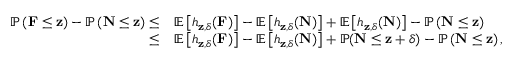
\begin{array} { r l } { \mathbb { P } \left( \mathbf { F } \leq \mathbf { z } \right) - \mathbb { P } \left( \mathbf { N } \leq \mathbf { z } \right) \leq } & { \mathbb { E } \left[ h _ { \mathbf { z } , \delta } ( \mathbf { F } ) \right] - \mathbb { E } \left[ h _ { \mathbf { z } , \delta } ( \mathbf { N } ) \right] + \mathbb { E } \left[ h _ { \mathbf { z } , \delta } ( \mathbf { N } ) \right] - \mathbb { P } \left( \mathbf { N } \leq \mathbf { z } \right) } \\ { \leq } & { \mathbb { E } \left[ h _ { \mathbf { z } , \delta } ( \mathbf { F } ) \right] - \mathbb { E } \left[ h _ { \mathbf { z } , \delta } ( \mathbf { N } ) \right] + \mathbb { P } ( \mathbf { N } \leq \mathbf { z } + \delta ) - \mathbb { P } \left( \mathbf { N } \leq \mathbf { z } \right) , } \end{array}